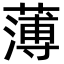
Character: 薄